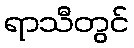
ရာသီတွင်